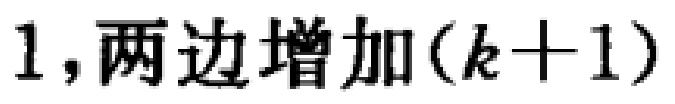
$1,两边增加(k + 1)$